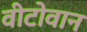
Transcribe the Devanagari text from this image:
वीटोवान